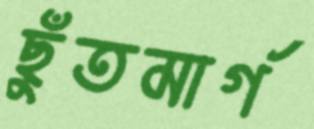
ছুঁতমার্গ